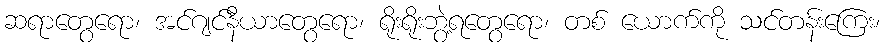
ဆရာတွေရော၊ အင်ဂျင်နီယာတွေရော၊ ရိုးရိုးဘွဲ့ရတွေရော၊ တစ် ယောက်ကို သင်တန်းကြေး၊